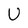
Character: U